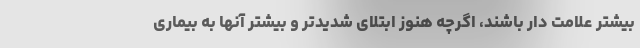
بیشتر علامت دار باشند، اگرچه هنوز ابتلای شدیدتر و بیشتر آنها به بیماری